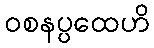
ဝစနပ္ပထေဟိ